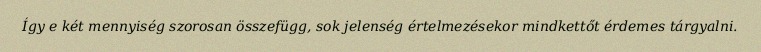
Így e két mennyiség szorosan összefügg, sok jelenség értelmezésekor mindkettőt érdemes tárgyalni.